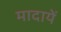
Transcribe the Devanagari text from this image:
मादायें